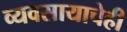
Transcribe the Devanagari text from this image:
व्यवसायाचेही